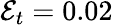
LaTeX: \mathcal{E}_{t}=0.02